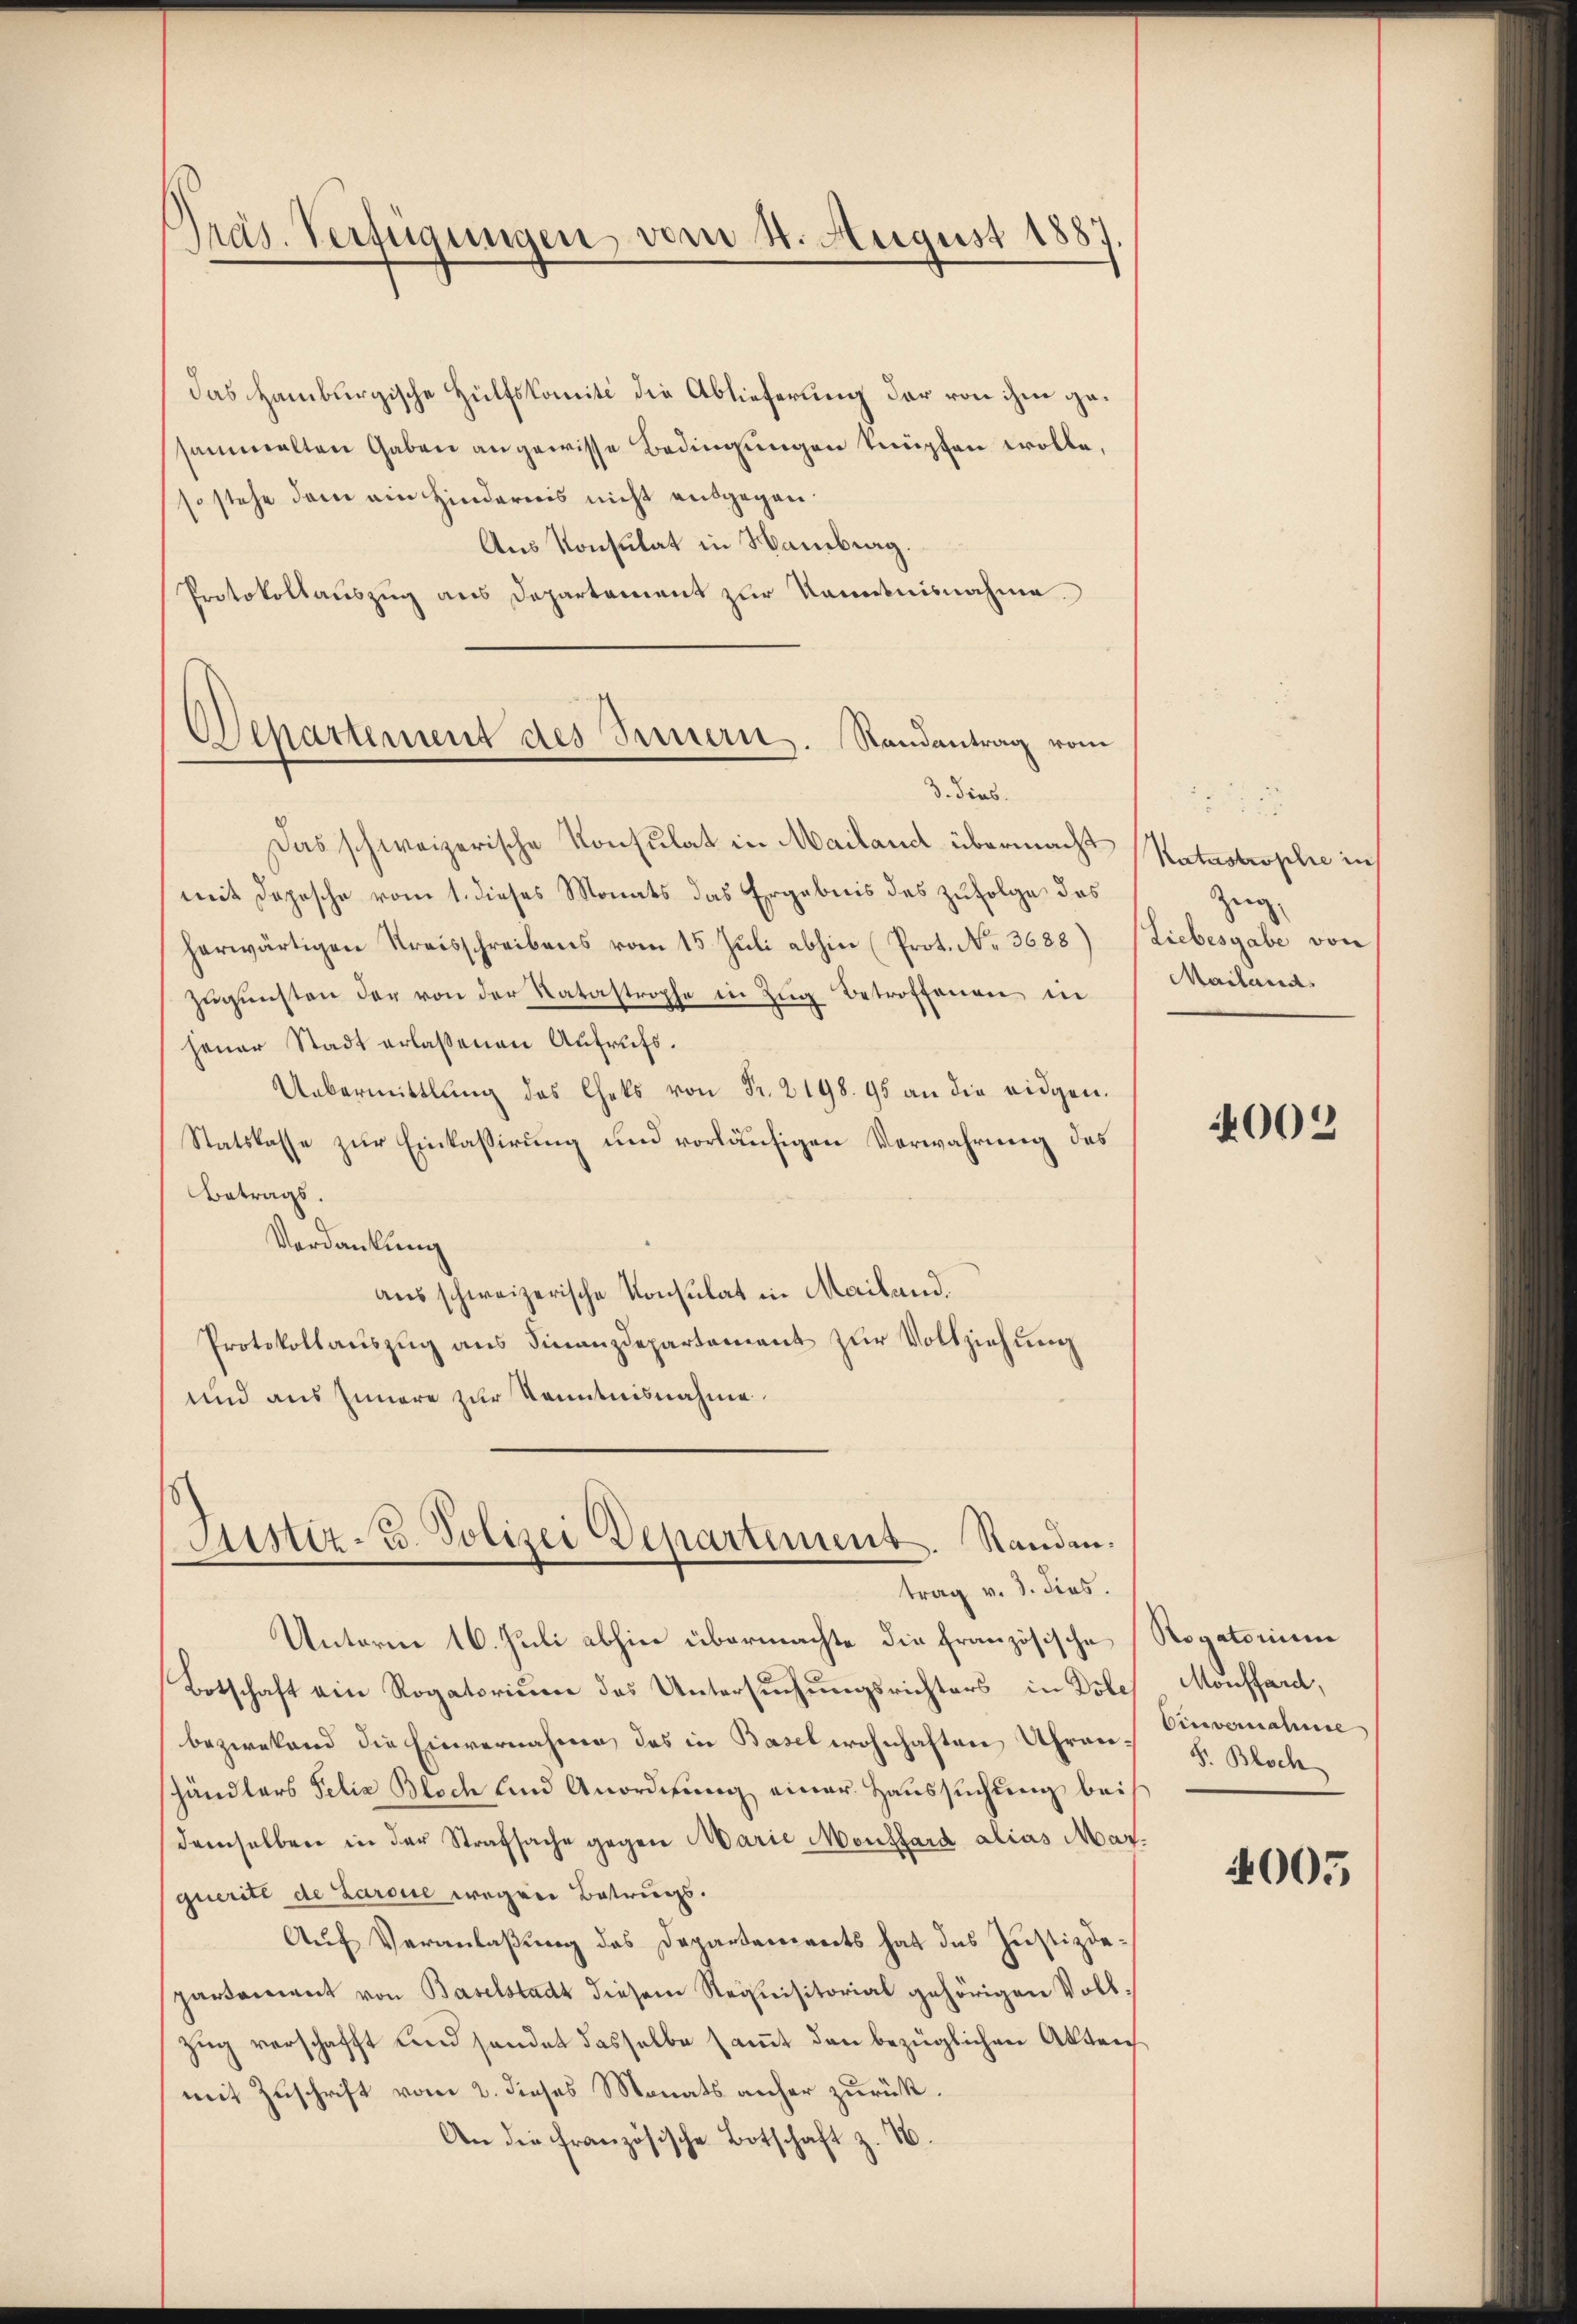
Präs. Verfügungen, vom 4. August 188

das Hamburgische Hülfskomiti die Ablieferung der von ihm gesammelten Gaben angewisse Bedingungen knüpfen wolle,
so stehe dem ein Hindernis nicht ausgegan¬
Aus Konsulat in Hamberg.
Protokollauszug aus Departement zur Kenntnisnahme.
Separtement des Innern. Randantrag vom

d. Dies

Das schweizerische Konsulat in Mailand übermacht
mit Depesche vom 1. dieses Monats das Ergebnis des zufolge des
herwärtigen Kreisschreibens vom 15. Juli abhin (Prot. No. 3688)
Zugunsten der von der Ratastrophe in Zug Betroffenen in
jener Stadt erlaßenen Aufrufs.
Uebermittlung des Chets von Fr. 2198. 95 an die eidgen.
Statskasse zur Einkassirung und vorläufigen Verwahrung des
Betrags.
Verdankung
aus schweizerische Konsulat in Mailand.
Protokollauszug aus Finanzdepartement zur Vollziehung
und aus Innere zur Kenntnisnahme.

Justiz- u. Polizei Departement. Standen.
trag v. 3. dies

Unterne 16. Juli abhin übermachte die französische
Botschaft ein Rogatorium das Untersuchungsrichters in Dole Monffard,
bezwekend die Einvernahme, des in Basel wohnhaften Uhren Einvernahme,
händlers Felix Bloch und Anordnŭng einer Haŭssŭchŭng bei
demselben in der Strafsache gegen Marie Monsfard alias Marqueritt de Laroie wegen Betrugs.
Auf Veranlaßung des Departements hat das Justizdepartament von Baselstadt diesem Requisitorial gehörigen Vollzug verschafft und sendet dasselbe samt den bezüglichen Akten
mit Zuschrift vom 2. dieses Monats anher zurück¬
An die französische Botschaft z. 16.

Katastrophie in
Zeig
Liebesgabe von
Mailand

4002

Rogatorium
S. Bloch

4005